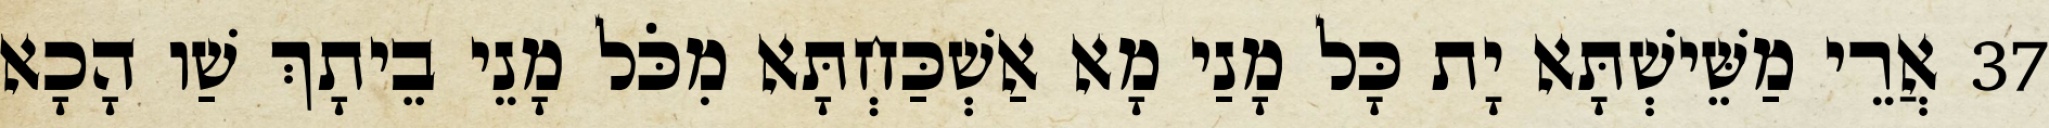
37 אֲרֵי מַשֵּׁישְׁתָּא יָת כָּל מָנַי מָא אַשְׁכַּחְתָּא מִכֹּל מָנֵי בֵיתָךְ שַׁו הָכָא